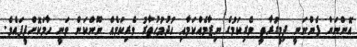
އޮންނަން ފެންނަނީ ދިމީގުރާތީ ވެރިކަމުގެ ނިޒާމެއްކަމާއި ހުދުމުހުތާރު ވެރިކަމެއް ނޫންކަން ވަނީ ހާމަކޮށްދީފައެވެ.